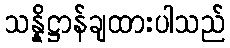
သန္နိဋ္ဌာန်ချထားပါသည်